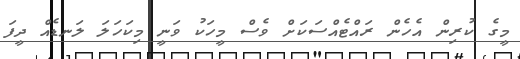
މީގެ ކުރިން އެހެން ރައްޓެއްސަކަށް ވެސް މީހަކު ވަނީ މިކަހަލަ ލަނޑެއް ދީފަ